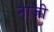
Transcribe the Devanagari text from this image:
ना़जी